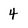
Character: 4